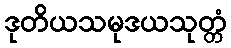
ဒုတိယသမုဒယသုတ္တံ